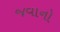
જવાનો